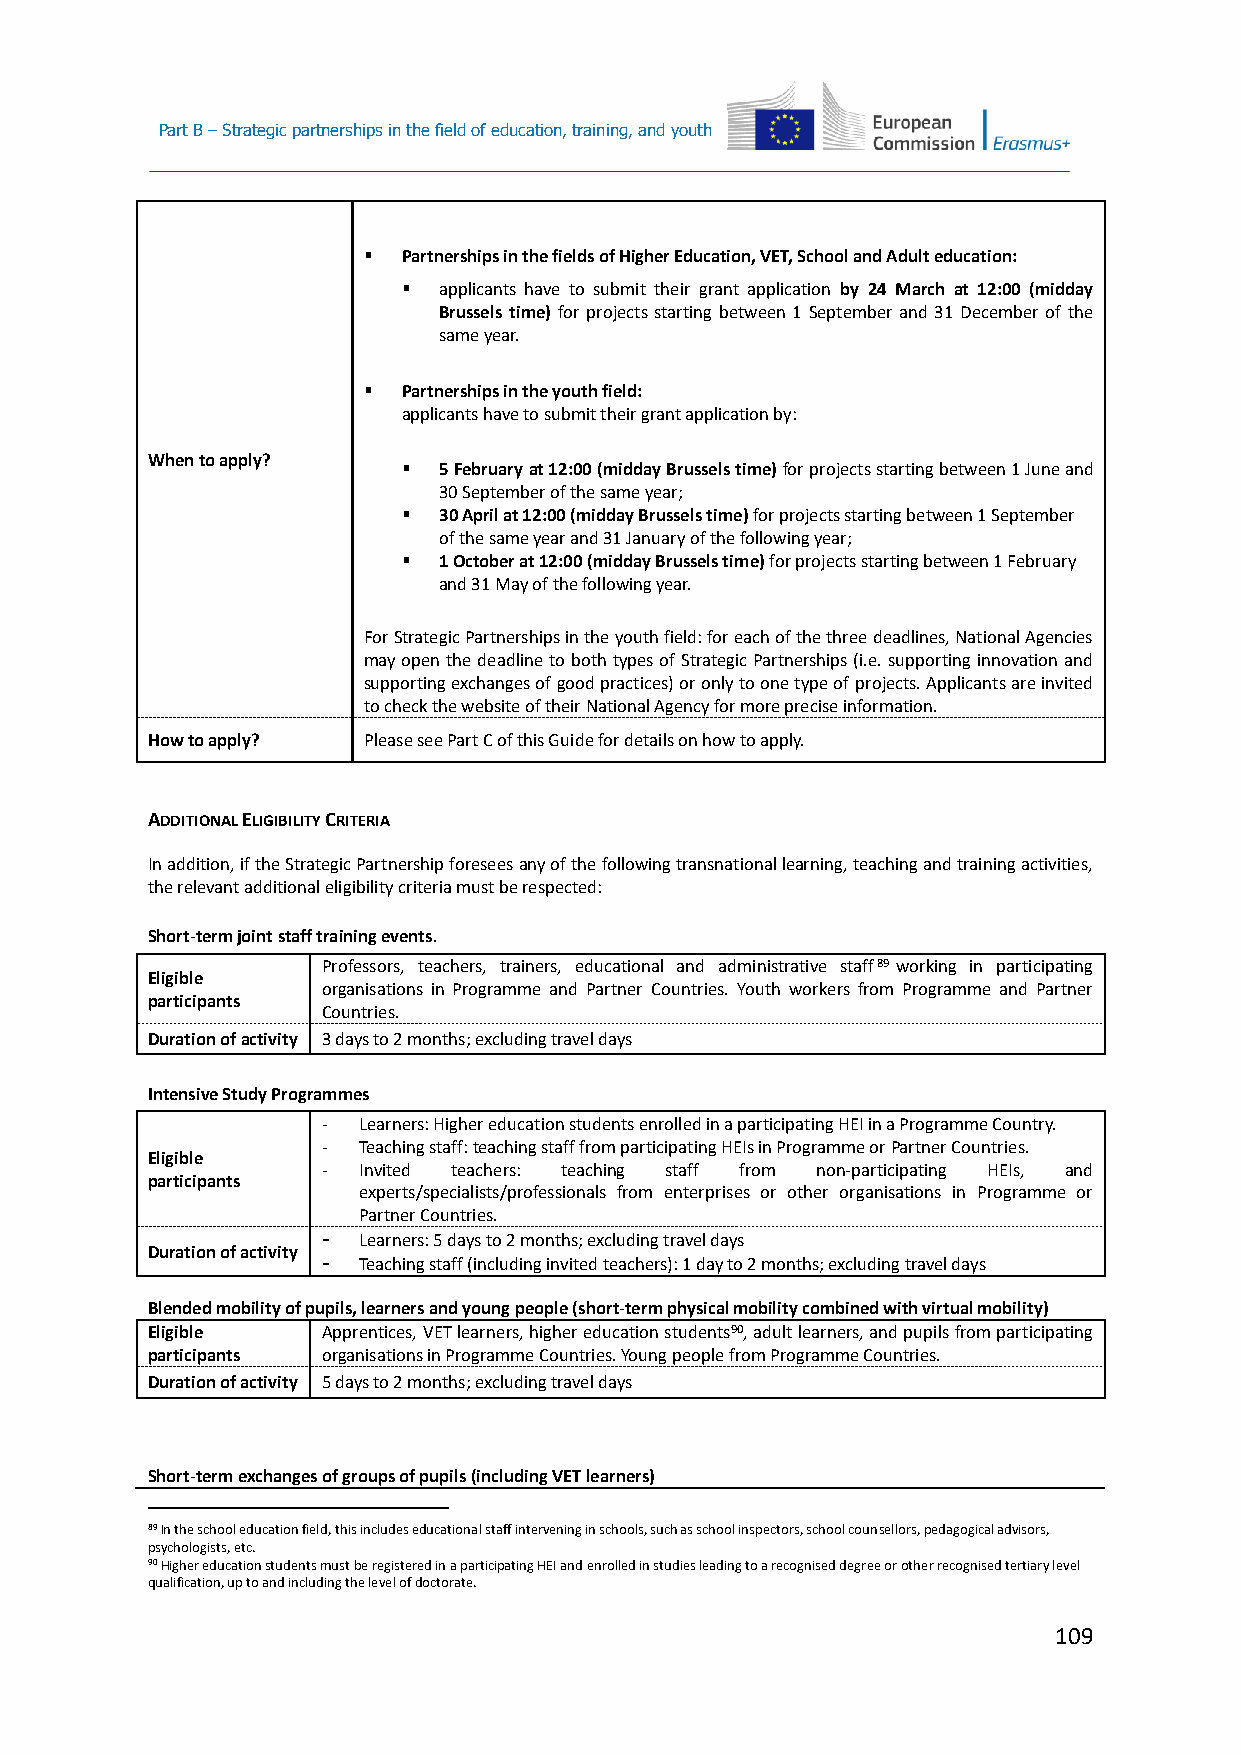
Part B – Strategic partnerships in the field of education, training, and youth
   Partnerships in the fields of Higher Education, VET, School and Adult education:
  applicants have to submit their grant application by 24 March at 12:00 (midday
 Brussels time) for projects starting between 1 September and 31 December of the
 same year.
   Partnerships in the youth field:
 applicants have to submit their grant application by:
 When to apply?
  5 February at 12:00 (midday Brussels time) for projects starting between 1 June and
 30 September of the same year;
  30 April at 12:00 (midday Brussels time) for projects starting between 1 September
 of the same year and 31 January of the following year;
  1 October at 12:00 (midday Brussels time) for projects starting between 1 February
 and 31 May of the following year.
 For Strategic Partnerships in the youth field: for each of the three deadlines, National Agencies
 may open the deadline to both types of Strategic Partnerships (i.e. supporting innovation and
 supporting exchanges of good practices) or only to one type of projects. Applicants are invited
 to check the website of their National Agency for more precise information.
 How to apply? Please see Part C of this Guide for details on how to apply.
 ADDITIONAL ELIGIBILITY CRITERIA
 In addition, if the Strategic Partnership foresees any of the following transnational learning, teaching and training activities,
 the relevant additional eligibility criteria must be respected:
 Short-term joint staff training events.
 Professors, teachers, trainers, educational and administrative staff89 working in participating
 Eligible
 organisations in Programme and Partner Countries. Youth workers from Programme and Partner
 participants
 Countries.
 Duration of activity 3 days to 2 months; excluding travel days
 Intensive Study Programmes
 -  Learners: Higher education students enrolled in a participating HEI in a Programme Country.
 -  Teaching staff: teaching staff from participating HEIs in Programme or Partner Countries.
 Eligible
 -  Invited teachers: teaching staff from non-participating HEIs, and
 participants
 experts/specialists/professionals from enterprises or other organisations in Programme or
 Partner Countries.
 -  Learners: 5 days to 2 months; excluding travel days
 Duration of activity
 -  Teaching staff (including invited teachers): 1 day to 2 months; excluding travel days
 Blended mobility of pupils, learners and young people (short-term physical mobility combined with virtual mobility)
 Eligible   Apprentices, VET learners, higher education students90, adult learners, and pupils from participating
 participants organisations in Programme Countries. Young people from Programme Countries.
 Duration of activity 5 days to 2 months; excluding travel days
 Short-term exchanges of groups of pupils (including VET learners)
 89 In the school education field, this includes educational staff intervening in schools, such as school inspectors, school counsellors, pedagogical advisors,
 psychologists, etc.
 90 Higher education students must be registered in a participating HEI and enrolled in studies leading to a recognised degree or other recognised tertiary level
 qualification, up to and including the level of doctorate.
 109